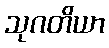
သုဂတိယာ